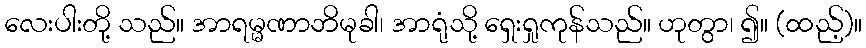
လေးပါးတို့ သည်။ အာရမ္မဏာဘိမုခါ၊ အာရုံသို့ ရှေးရှုကုန်သည်။ ဟုတွာ၊ ၍။ (ထည့်)။